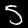
Digit: 5